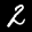
Label: 2